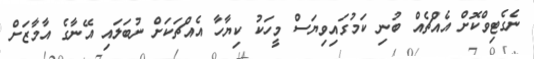
ނެގެޓިވްކޮށް އެއްޗެއް ބުނި ކަމުގައިވިޔަސް މީހަކު ކިޔާހާ އެއްޗަކަށް ނުބަލައި އޭނާގެ އާމާޒަށް